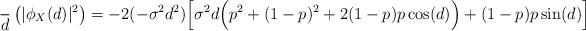
LaTeX: \begin{align*} \frac{}{d}\left(|\phi_X(d)|^2\right) = -2 (-\sigma^2d^2)\Big[ \sigma^2d\Big(p^2+(1-p)^2+2(1-p)p\cos(d)\Big) + (1-p)p\sin(d) \Big]\end{align*}